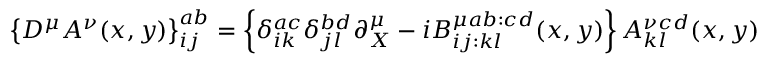
\left\{ D ^ { \mu } A ^ { \nu } ( x , y ) \right\} _ { i j } ^ { a b } = \left\{ \delta _ { i k } ^ { a c } \delta _ { j l } ^ { b d } \partial _ { X } ^ { \mu } - i B _ { i j : k l } ^ { \mu a b : c d } ( x , y ) \right\} A _ { k l } ^ { \nu c d } ( x , y )